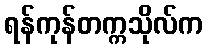
ရန်ကုန်တက္ကသိုလ်က